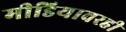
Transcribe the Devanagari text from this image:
मीडियावरही